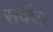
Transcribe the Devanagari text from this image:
सर्वेज